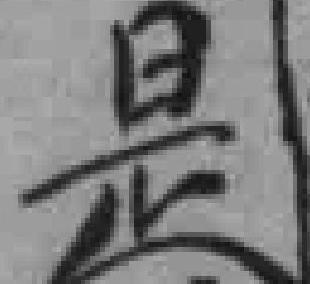
是